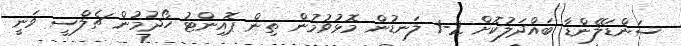
ސަންޑަލޭންޑާ ބައްދަލުކޮށް 2-1 ލަނޑުން މޮޅުވުމުން ތިން ޕޮއިންޓު ހޯދުމުން ޗެލްސީ ވަނީ